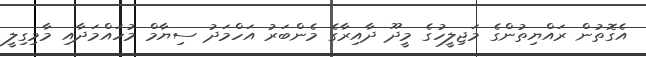
އެގޮތުން ރައްޔިތުންގެ މަޖިލީހުގެ މީދޫ ދާއިރާގެ މެންބަރު އަހްމަދު ސިޔާމް މުހައްމަދާއި މާމިގިލީ